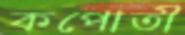
কপোতী